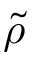
\Tilde { \rho }